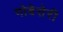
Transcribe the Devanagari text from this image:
गोबेसेरी